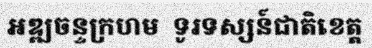
អឌ្ឍចន្ទក្រហម  ទូរទស្សន៍ជាតិខេត្ត